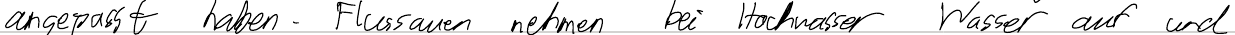
angepasst haben. Flussauen nehmen bei Hochwasser Wasser auf und